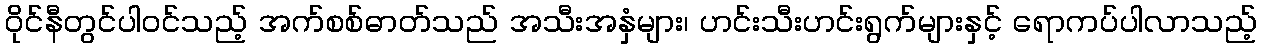
ဝိုင်နီတွင်ပါဝင်သည့် အက်စစ်ဓာတ်သည် အသီးအနှံများ၊ ဟင်းသီးဟင်းရွက်များနှင့် ရောကပ်ပါလာသည့်